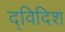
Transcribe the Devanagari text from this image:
द्विदिश